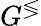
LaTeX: G^{\lessgtr}